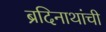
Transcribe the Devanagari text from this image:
ब्रदिनाथांची